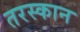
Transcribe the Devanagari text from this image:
तरस्कान